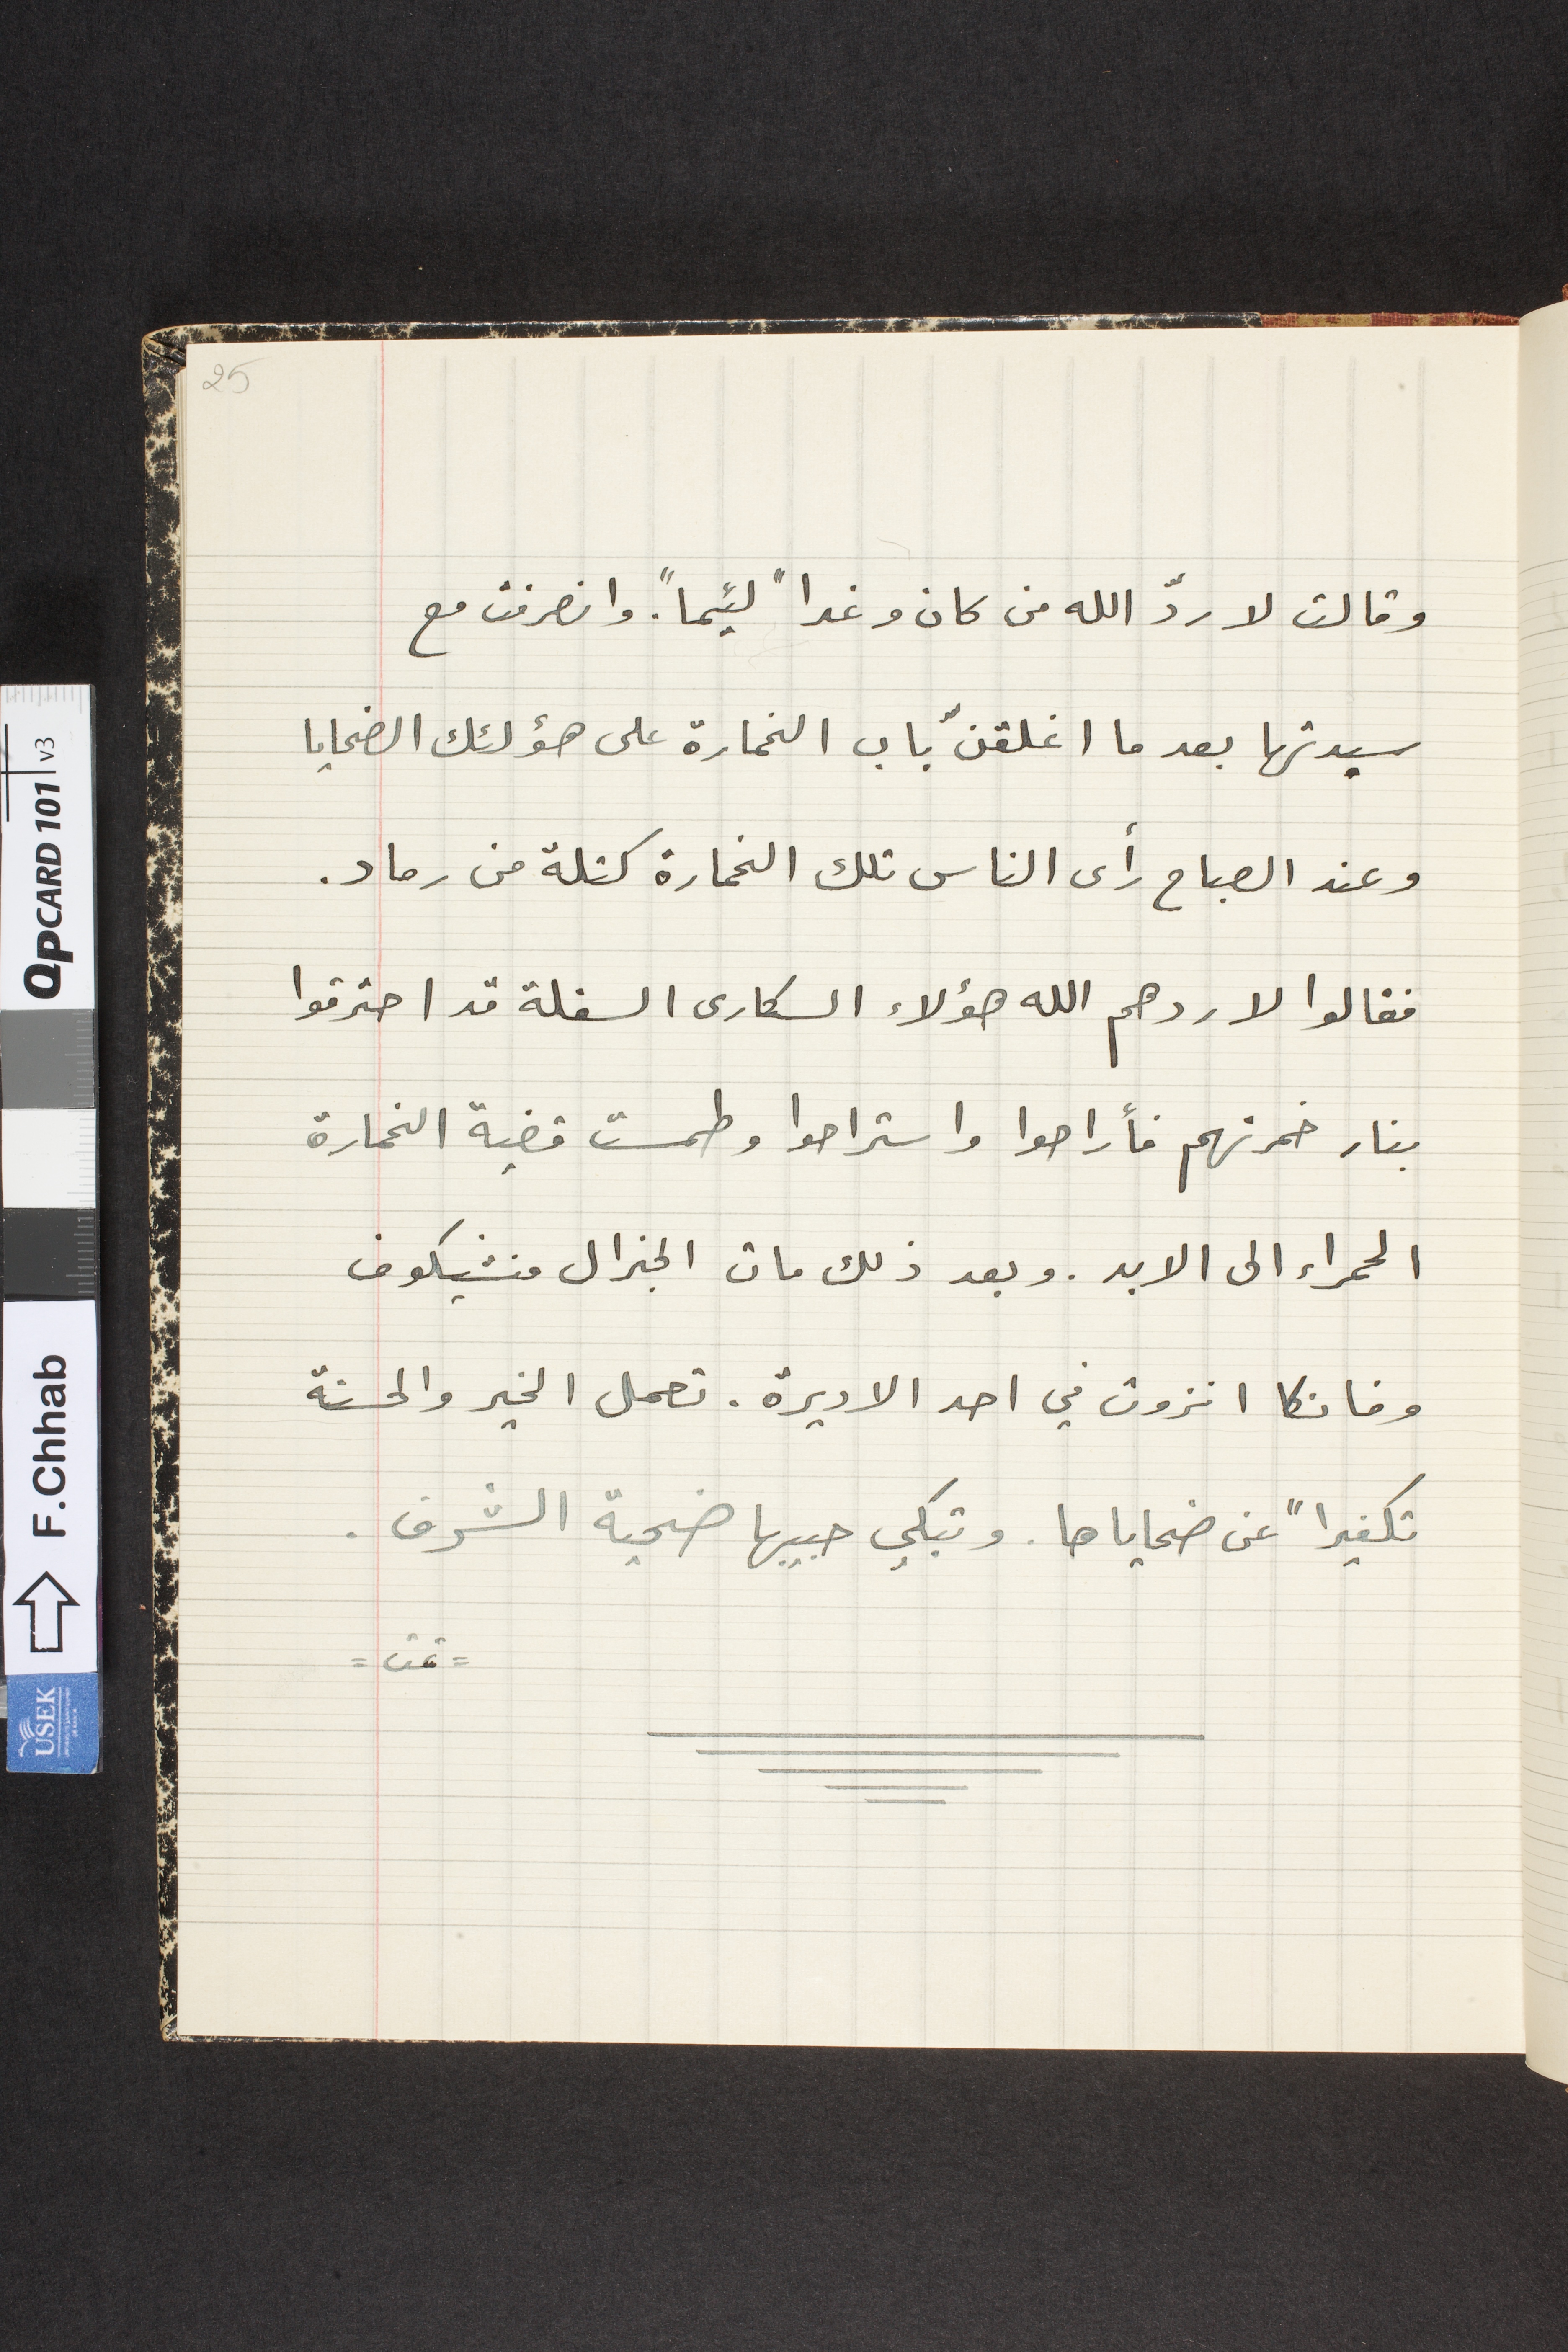
وقالت لاردّ الله من كان وغداً لئيماً. وانصرفت مع
سيدتها بعد ما اغلقنّ باب الخمارة على هؤلئك الضحايا
وعند الصباح رأى الناس تلك الخمارة كتلة من رماد.
فقالوا لا ردهم الله هؤلاء السكارى السفلة قد احترقوا
بنار خمرتهم فأراحوا واستراحوا وطمست قضية الخمارة
الحمراء الى الابد. وبعد ذلك مات الجنرال منشيكوف
وفانكا انزوت في احد الاديرة. تعمل الخير والحسنة
تكفيراً عن ضحاياها. وتبكي حبيبها ضحية الشرف.
=تمت=